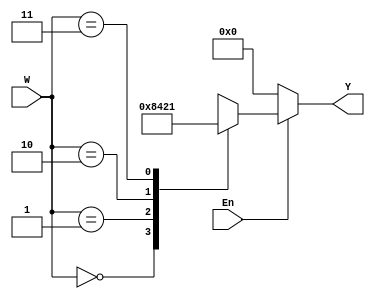
//Function: dec 2 to 4

module decoder
#(parameter CODEWID = 2, OUTWID=4)
(
   input      [CODEWID-1:0] W,
   input                    En,
   output reg [OUTWID-1:0]  Y
);
                    
always @ (*)
 begin
  if(En == 1)    
     case(W)     
       2'b00:  Y = 'b1000;
       2'b01:  Y = 'b0100;
       2'b10:  Y = 'b0010;
       2'b11:  Y = 'b0001;                
     endcase
  else
     Y = 'b0000;    
 end
 
endmodule